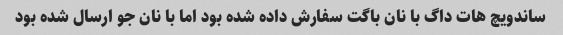
ساندویچ هات داگ با نان باگت سفارش داده شده بود اما با نان جو ارسال شده بود